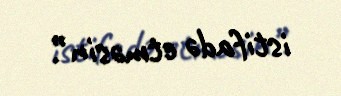
istifadə etməsin”.